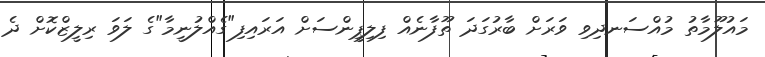
މައުލޫމާތު މުއްސަނދިވި ވަރަށް ބާރުގަދަ ތޫފާނެއް ފިލިޕީންސަށް އަރައިފި"ގެއްލުނީމާ"ގެ ލަވަ ރިލީޒްކޮށް ދެ